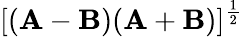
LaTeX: [(\mathbf{A}-\mathbf{B})(\mathbf{A}+\mathbf{B})]^{\frac{1}{2}}